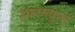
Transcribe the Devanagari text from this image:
हकायकुल्